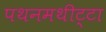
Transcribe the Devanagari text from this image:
पथनमथीट्टा